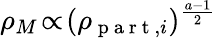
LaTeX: \rho_{M}\! \propto\! (\rho_{\mathrm{~p~a~r~t~},i})^{\frac{a-1}{2}}